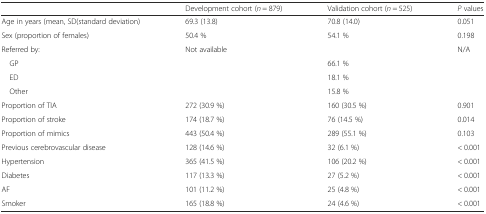
<table><thead><tr><td></td><td><b>Development cohort (<i>n</i> = 879)</b></td><td><b>Validation cohort (<i>n</i> = 525)</b></td><td><b><i>P</i> values</b></td></tr></thead><tbody><tr><td>Age in years (mean, SD(standard deviation)</td><td>69.3 (13.8)</td><td>70.8 (14.0)</td><td>0.051</td></tr><tr><td>Sex (proportion of females)</td><td>50.4 %</td><td>54.1 %</td><td>0.198</td></tr><tr><td>Referred by:</td><td>Not available</td><td></td><td>N/A</td></tr><tr><td> GP</td><td></td><td>66.1 %</td><td rowspan="3"></td></tr><tr><td> ED</td><td></td><td>18.1 %</td></tr><tr><td> Other</td><td></td><td>15.8 %</td></tr><tr><td>Proportion of TIA</td><td>272 (30.9 %)</td><td>160 (30.5 %)</td><td>0.901</td></tr><tr><td>Proportion of stroke</td><td>174 (18.7 %)</td><td>76 (14.5 %)</td><td>0.014</td></tr><tr><td>Proportion of mimics</td><td>443 (50.4 %)</td><td>289 (55.1 %)</td><td>0.103</td></tr><tr><td>Previous cerebrovascular disease</td><td>128 (14.6 %)</td><td>32 (6.1 %)</td><td>&lt; 0.001</td></tr><tr><td>Hypertension</td><td>365 (41.5 %)</td><td>106 (20.2 %)</td><td>&lt; 0.001</td></tr><tr><td>Diabetes</td><td>117 (13.3 %)</td><td>27 (5.2 %)</td><td>&lt; 0.001</td></tr><tr><td>AF</td><td>101 (11.2 %)</td><td>25 (4.8 %)</td><td>&lt; 0.001</td></tr><tr><td>Smoker</td><td>165 (18.8 %)</td><td>24 (4.6 %)</td><td>&lt; 0.001</td></tr></tbody></table>